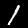
Digit: 1